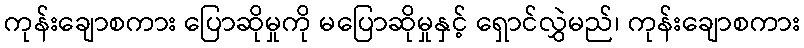
ကုန်းချောစကား ပြောဆိုမှုကို မပြောဆိုမှုနှင့် ရှောင်လွှဲမည်၊ ကုန်းချောစကား